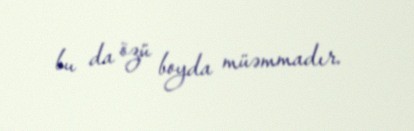
bu da özü boyda müəmmadır.